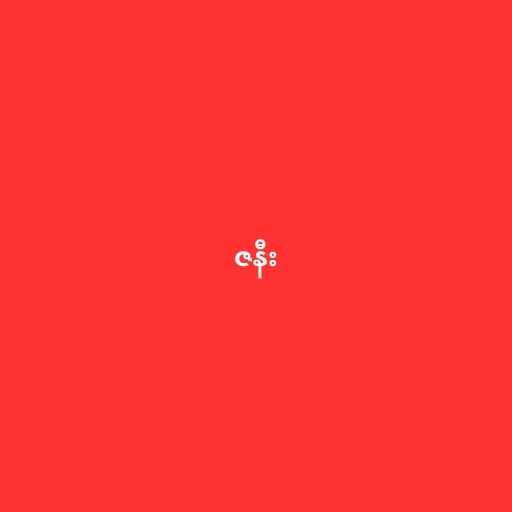
ဇနီး